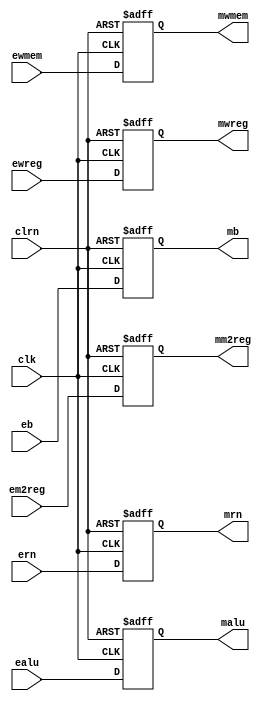
/************************************************
  The Verilog HDL code example is from the book
  Computer Principles and Design in Verilog HDL
  by Yamin Li, published by A JOHN WILEY & SONS
************************************************/
module pipeemreg (ewreg,em2reg,ewmem,ealu,eb,ern,clk,clrn,mwreg,mm2reg,
                  mwmem,malu,mb,mrn);        // EXE/MEM pipeline register
    input         clk, clrn;                 // clock and reset
    input  [31:0] ealu;                      // alu control in EXE stage
    input  [31:0] eb;                        // b in EXE stage
    input   [4:0] ern;                       // register number in EXE stage
    input         ewreg,em2reg,ewmem;        // in EXE stage
    output [31:0] malu;                      // alu control in MEM stage
    output [31:0] mb;                        // b in MEM stage
    output  [4:0] mrn;                       // register number in MEM stage
    output        mwreg,mm2reg,mwmem;        // in MEM stage
    reg    [31:0] malu,mb;
    reg     [4:0] mrn;
    reg           mwreg,mm2reg,mwmem;
    always @(negedge clrn or posedge clk)
        if (!clrn) begin                     // clear
            mwreg  <= 0;              mm2reg <= 0;
            mwmem  <= 0;              malu   <= 0;
            mb     <= 0;              mrn    <= 0;
        end else begin                       // register
            mwreg  <= ewreg;          mm2reg <= em2reg;
            mwmem  <= ewmem;          malu   <= ealu;
            mb     <= eb;             mrn    <= ern;
        end
endmodule